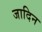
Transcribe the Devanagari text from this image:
जादिन